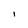
Character: l